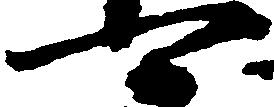
可